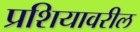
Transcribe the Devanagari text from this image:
प्रशियावरील